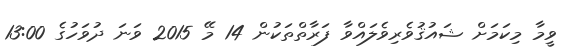
ވީމާ މިކަމަށް ޝައުޤުވެރިވެލައްވާ ފަރާތްތަކުން 14 މޭ 2015 ވަނަ ދުވަހުގެ 13:00